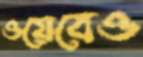
ওয়েবেও